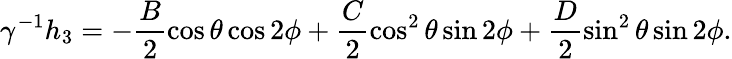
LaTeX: \gamma^{-1}h_{3}=-\frac{B}{2}\cos\theta\cos 2\phi+\frac{C}{2}\cos^{2}\theta\sin 2\phi+\frac{D}{2}\sin^{2}\theta\sin 2\phi.